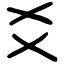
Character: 爻